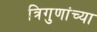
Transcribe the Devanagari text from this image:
त्रिगुणांच्या